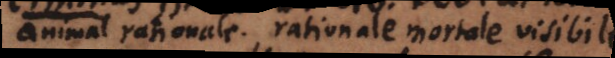
animal rationale, rationale mortale visibil